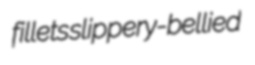
fillets slippery-bellied